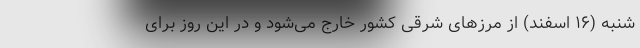
شنبه (۱۶ اسفند) از مرزهای شرقی کشور خارج می‌شود و در این روز برای